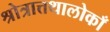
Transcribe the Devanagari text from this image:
श्रोत्रात्तथालोकाँ